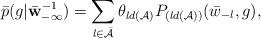
LaTeX: \begin{align*} \bar {p}(g |\bar {\mathbf{w}}^{-1}_{-\infty} )=\sum_{l \in \bar{\mathcal {A}}} {\theta}_{ld(\mathcal {A})} {P}_{({ld(\mathcal{A})})}(\bar {w}_{-l},g),\end{align*}